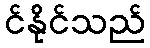
င်နိုင်သည်